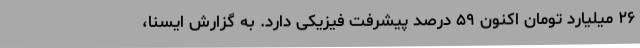
۲۶ میلیارد تومان اکنون ۵۹ درصد پیشرفت فیزیکی دارد. به گزارش ایسنا،